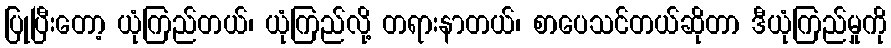
ပြုပြီးတော့ ယုံကြည်တယ်၊ ယုံကြည်လို့ တရားနာတယ်၊ စာပေသင်တယ်ဆိုတာ ဒီယုံကြည်မှုကို